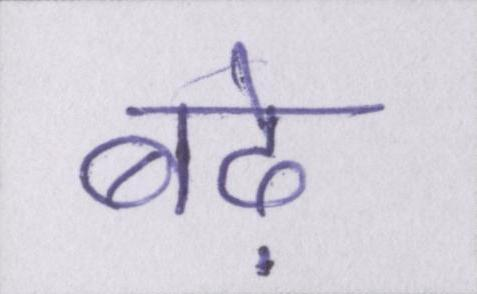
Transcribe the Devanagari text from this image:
बढ़े